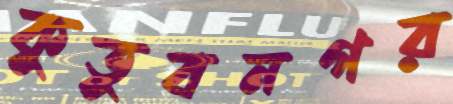
কুতুবনগর